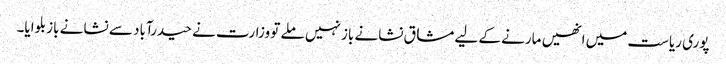
پوری ریاست میں انھیں مارنے کے لیے مشاق نشانے باز نہیں ملے تو وزارت نے حیدرآباد سے نشانے باز بلوایا۔